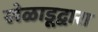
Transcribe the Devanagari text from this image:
खेळाडूद्वारा